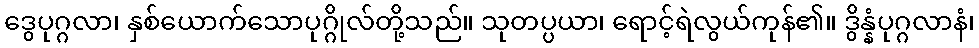
ဒွေပုဂ္ဂလာ၊ နှစ်ယောက်သောပုဂ္ဂိုလ်တို့သည်။ သုတပ္ပယာ၊ ရောင့်ရဲလွယ်ကုန်၏။ ဒွိန္နံပုဂ္ဂလာနံ၊